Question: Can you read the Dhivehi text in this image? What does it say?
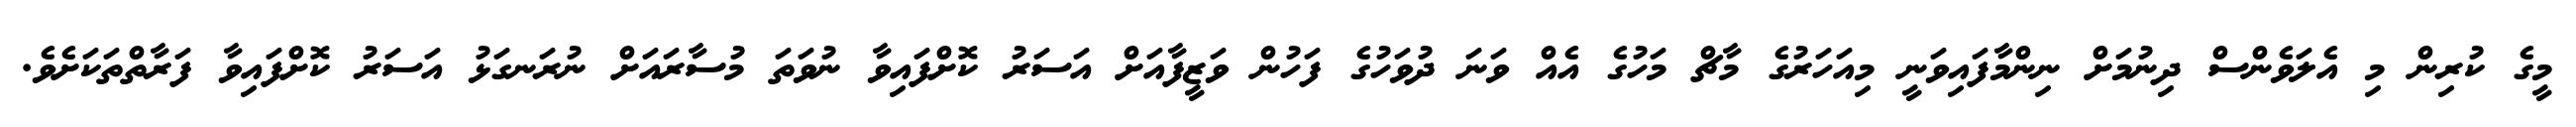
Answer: މީގެ ކުރިން މި އެލަވެންސް ދިނުމަށް ނިންމާފައިވަނީ މިއަހަރުގެ މާޗް މަހުގެ އެއް ވަނަ ދުވަހުގެ ފަހުން ވަޒީފާއަށް އަސަރު ކޮށްފައިވާ ނުވަތަ މުސާރައަށް ނުރަނގަޅު އަސަރު ކޮށްފައިވާ ފަރާތްތަކަށެވެ.